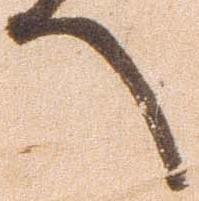
へ